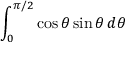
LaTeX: \int _ { 0 } ^ { \pi / 2 } \cos \theta \sin \theta \, d \theta